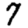
Digit: 7